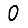
Digit: 0